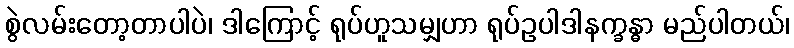
စွဲလမ်းတော့တာပါပဲ၊ ဒါကြောင့် ရုပ်ဟူသမျှဟာ ရုပ်ဥပါဒါနက္ခန္ဓာ မည်ပါတယ်၊